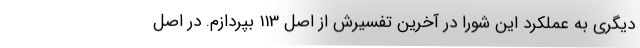
دیگری به عملکرد این شورا در آخرین تفسیرش از اصل 113 بپردازم. در اصل